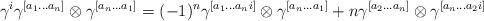
LaTeX: \begin{align*}\gamma^i\gamma^{[a_1...a_n]}\otimes \gamma^{[a_n...a_1]}= (-1)^n\gamma^{[a_1...a_ni]}\otimes \gamma^{[a_n...a_1]}+n\gamma^{[a_2...a_n]}\otimes \gamma^{[a_n...a_2i]}\end{align*}